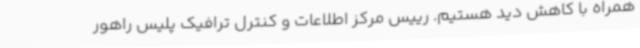
همراه با کاهش دید هستیم. رییس مرکز اطلاعات و کنترل ترافیک پلیس راهور